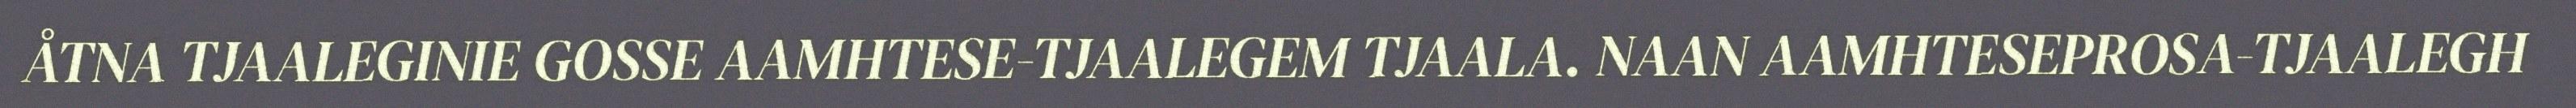
ÅTNA TJAALEGINIE GOSSE AAMHTESE-TJAALEGEM TJAALA. NAAN AAMHTESEPROSA-TJAALEGH